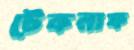
টেকনাফ